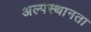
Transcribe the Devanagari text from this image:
अल्पस्थानता